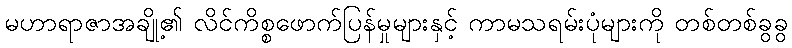
မဟာရာဇာအချို့၏ လိင်ကိစ္စဖောက်ပြန်မှုများနှင့် ကာမသရမ်းပုံများကို တစ်တစ်ခွခွ